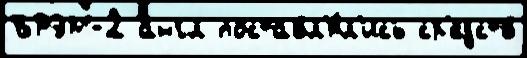
БРЭМ-2 англ поставл'я́л'ись ср'едств